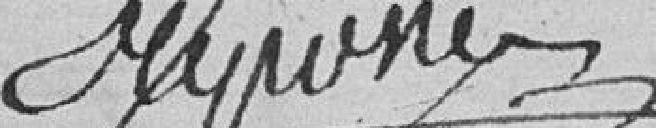
TRIPONE?